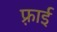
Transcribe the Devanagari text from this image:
फ़्राई